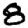
Digit: 8